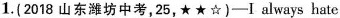
1.(2018 山东潍坊中考,25,★★☆)——I always hate